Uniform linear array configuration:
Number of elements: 24
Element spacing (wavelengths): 1
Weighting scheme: hamming
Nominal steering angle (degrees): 15
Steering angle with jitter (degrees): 16.014
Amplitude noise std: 0.05
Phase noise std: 0.05

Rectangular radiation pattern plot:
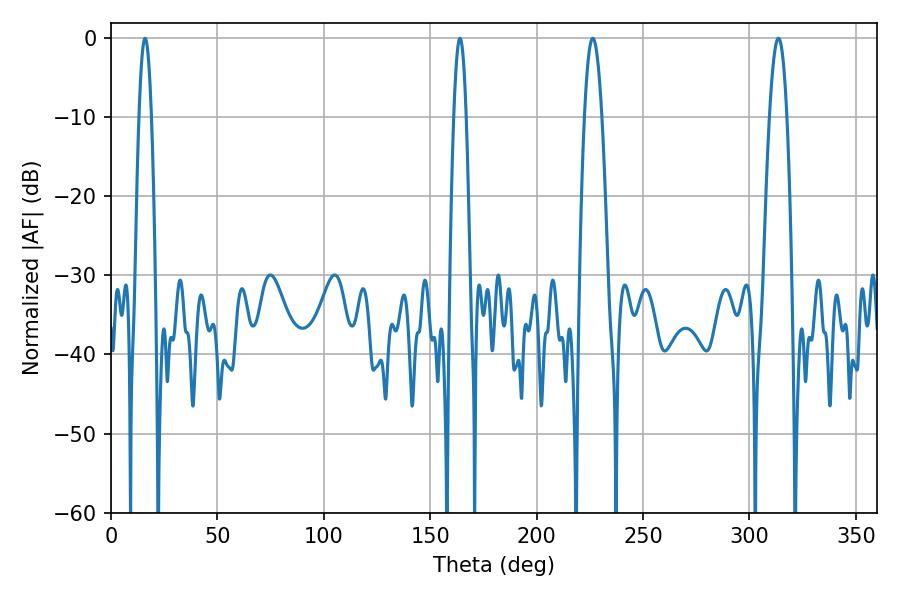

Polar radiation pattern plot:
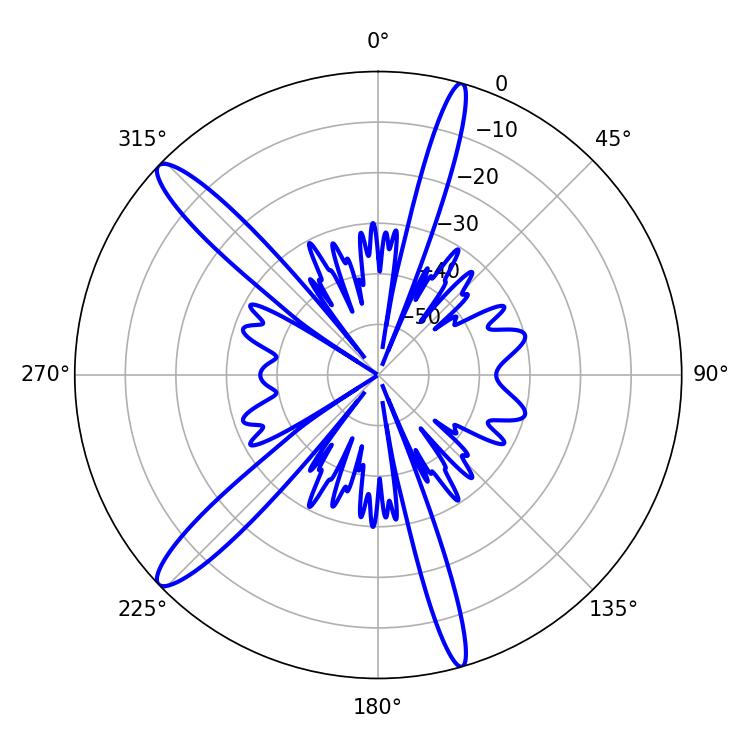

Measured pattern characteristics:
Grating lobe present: TRUE
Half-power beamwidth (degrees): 3.24
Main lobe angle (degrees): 16.02